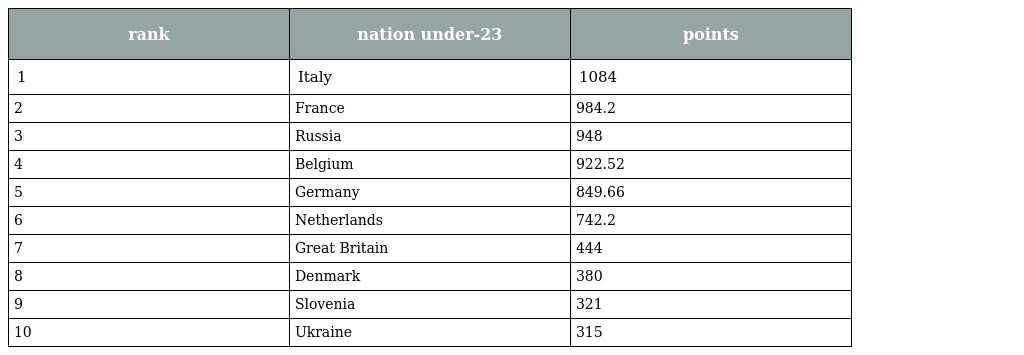
| rank | nation under-23 | points |
 | --- | --- | --- |
 | 1 | Italy | 1084 |
 | 2 | France | 984.2 |
 | 3 | Russia | 948 |
 | 4 | Belgium | 922.52 |
 | 5 | Germany | 849.66 |
 | 6 | Netherlands | 742.2 |
 | 7 | Great Britain | 444 |
 | 8 | Denmark | 380 |
 | 9 | Slovenia | 321 |
 | 10 | Ukraine | 315 |